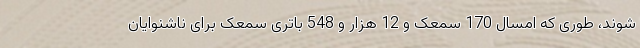
شوند، طوری که امسال 170 سمعک و 12 هزار و 548 باتری سمعک برای ناشنوایان